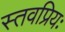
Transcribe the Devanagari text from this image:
स्तवप्रियः